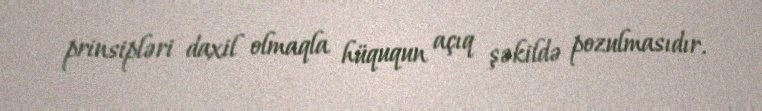
prinsipləri daxil olmaqla hüququn açıq şəkildə pozulmasıdır.